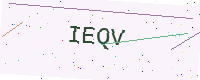
Text: IEQV